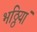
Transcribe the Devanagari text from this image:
भठ्ठियां